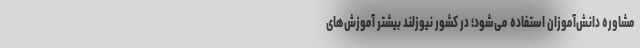
مشاوره دانش‌آموزان استفاده می‌شود؛ در کشور نیوزلند بیشتر آموزش‌های